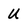
Character: u